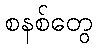
စနစ်တွေ